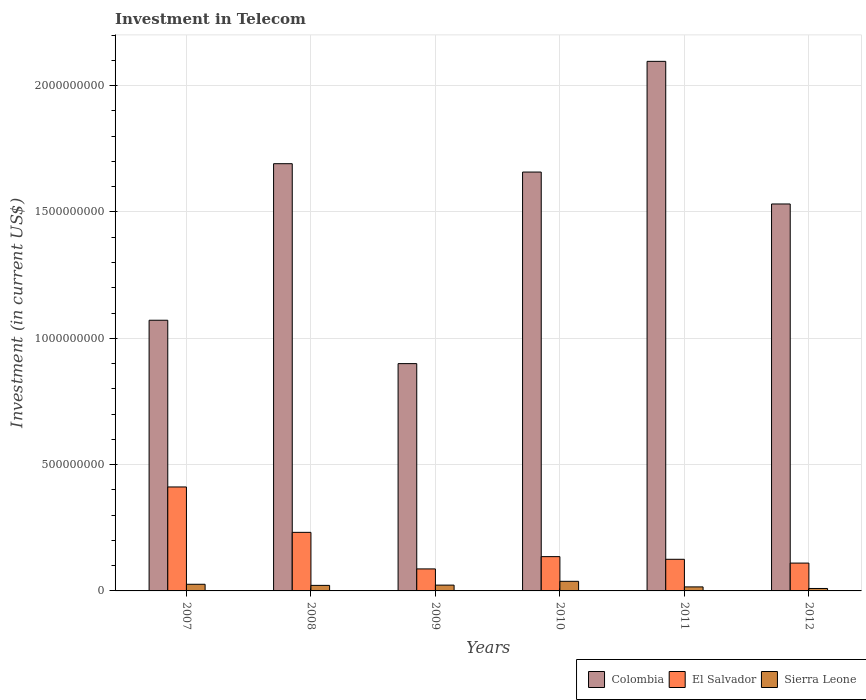
| Years | Colombia | El Salvador | Sierra Leone |
 | --- | --- | --- | --- |
 | 2007 | 1.07e+09 | 4.11e+08 | 2.63e+07 |
 | 2008 | 1.69e+09 | 2.32e+08 | 2.19e+07 |
 | 2009 | 9e+08 | 8.71e+07 | 2.3e+07 |
 | 2010 | 1.66e+09 | 1.36e+08 | 3.8e+07 |
 | 2011 | 2.1e+09 | 1.25e+08 | 1.59e+07 |
 | 2012 | 1.53e+09 | 1.1e+08 | 9.7e+06 |